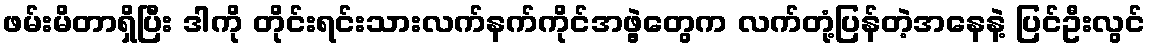
ဖမ်းမိတာရှိပြီး ဒါကို တိုင်းရင်းသားလက်နက်ကိုင်အဖွဲ့တွေက လက်တုံ့ပြန်တဲ့အနေနဲ့ ပြင်ဦးလွင်